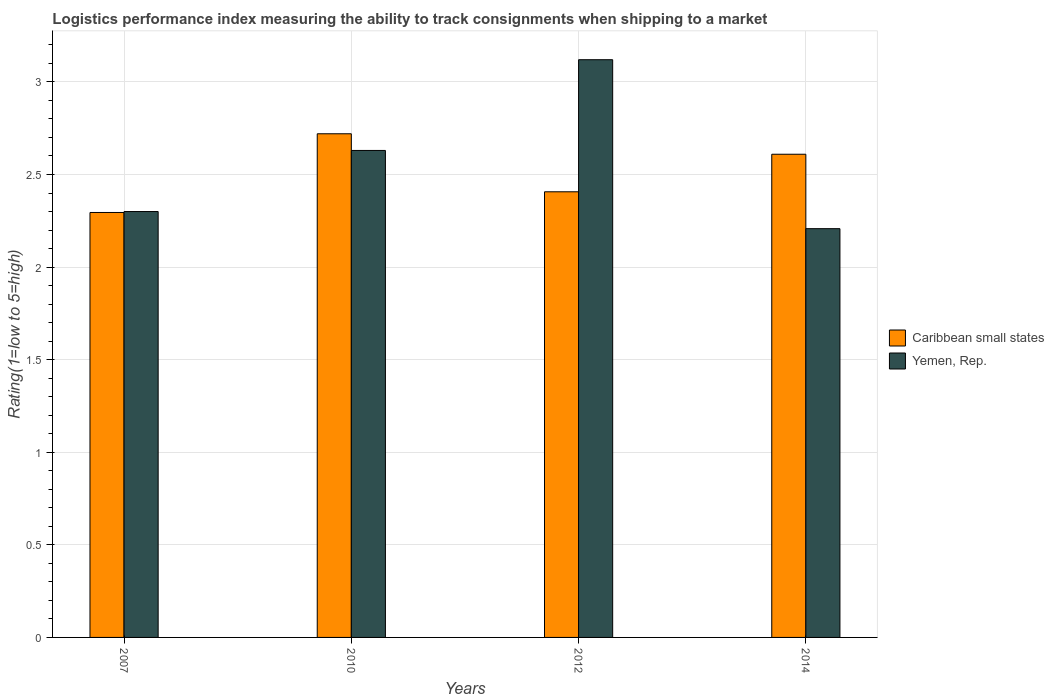
| Years | Caribbean small states | Yemen, Rep. |
 | --- | --- | --- |
 | 2007 | 2.29 | 2.3 |
 | 2010 | 2.72 | 2.63 |
 | 2012 | 2.41 | 3.12 |
 | 2014 | 2.61 | 2.21 |